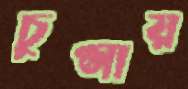
চুপ্‌সায়